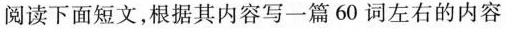
阅读下面短文,根据其内容写一篇 60 词左右的内容